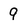
Character: 9